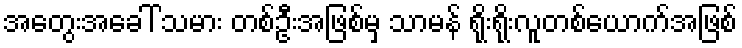
အတွေးအခေါ် သမား တစ်ဦးအဖြစ်မှ သာမန် ရိုးရိုးလူတစ်ယောက်အဖြစ်